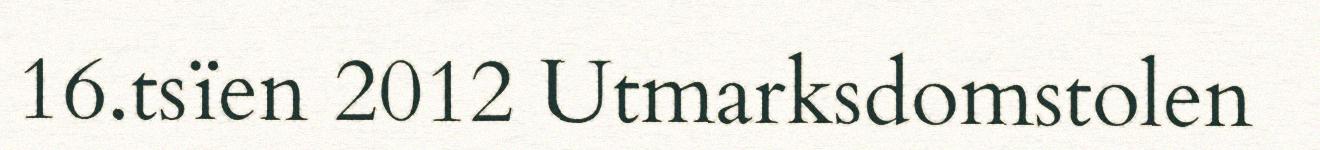
16.tsïen 2012 Utmarksdomstolen